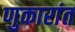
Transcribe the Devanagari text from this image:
णुकारांत